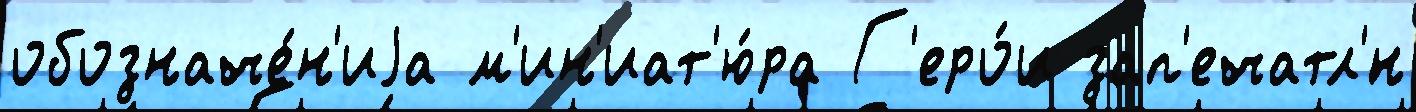
обозначе́н'иjа м'ин'иат'ю́ра Г'еро́и зап'ечатл'́н